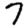
Digit: 7